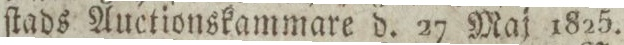
ſtads Auctionskammare d. 27 Maj 1825.